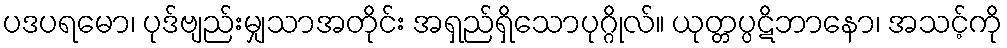
ပဒပရမော၊ ပုဒ်ဗျည်းမျှသာအတိုင်း အရှည်ရှိသောပုဂ္ဂိုလ်။ ယုတ္တပ္ပဋိဘာနော၊ အသင့်ကို